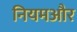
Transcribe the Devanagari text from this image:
नियमऔर